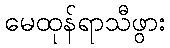
မေထုန်ရာသီဖွား